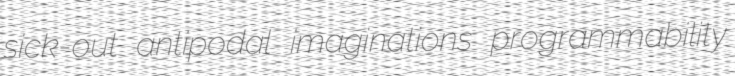
sick-out antipodal imaginations programmability